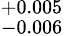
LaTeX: ^{+0.005}_{-0.006}